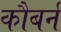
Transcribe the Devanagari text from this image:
कौबर्न